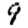
Digit: 9